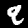
Digit: 9